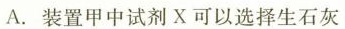
A.装置甲中试剂X可以选择生石灰